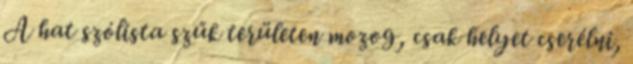
A hat szólista szűk területen mozog, csak helyet cserélni,